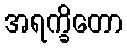
အရက္ခိတော